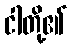
ငါတို့၏